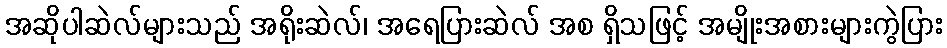
အဆိုပါဆဲလ်များသည် အရိုးဆဲလ်၊ အရေပြားဆဲလ် အစ ရှိသဖြင့် အမျိုးအစားများကွဲပြား